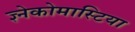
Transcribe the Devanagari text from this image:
ज्ञ्नेकोमास्टिया